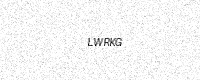
Text: LWRKG